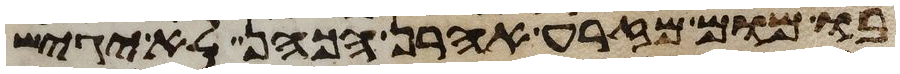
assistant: בו מום מזרע אהרן הכהן לא יגיש